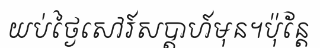
យប់ថ្ងៃសៅរ៍សប្តាហ៍មុន។ប៉ុន្តែ